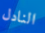
النادل